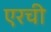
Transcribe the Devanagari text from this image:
एरची